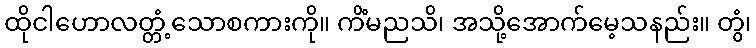
ထိုငါဟောလတ္တံ့သောစကားကို။ ကိံမညသိ၊ အသို့အောက်မေ့သနည်း။ တွံ၊